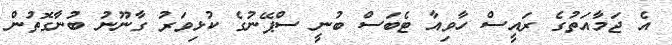
އެ ޖަމާއަތުގެ ރައީސް ހާވިއާ ޓެބަސް ބުނީ ސްޕޭނުގެ ކުޅިވަރު ގާނޫނު ބުނާގޮތުން